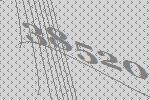
38520